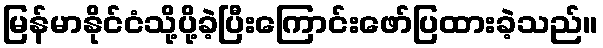
မြန်မာနိုင်ငံသို့ပို့ခဲ့ပြီးကြောင်းဖော်ပြထားခဲ့သည်။